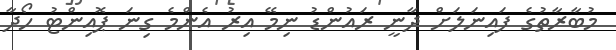
މުބާރާތުގެ ފައިނަލަށް ދާނީ ރައުންޑު ނިމޭ އިރު އެންމެ ގިނަ ޕޮއިންޓު ހޯދާ